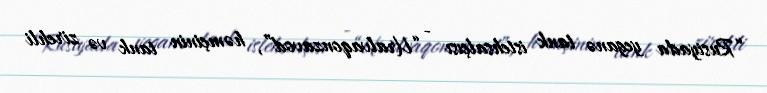
“Rusiyada yeganə tank istehsalçısı - “Uralvaqonzavod”, həmçinin tank və zirehli